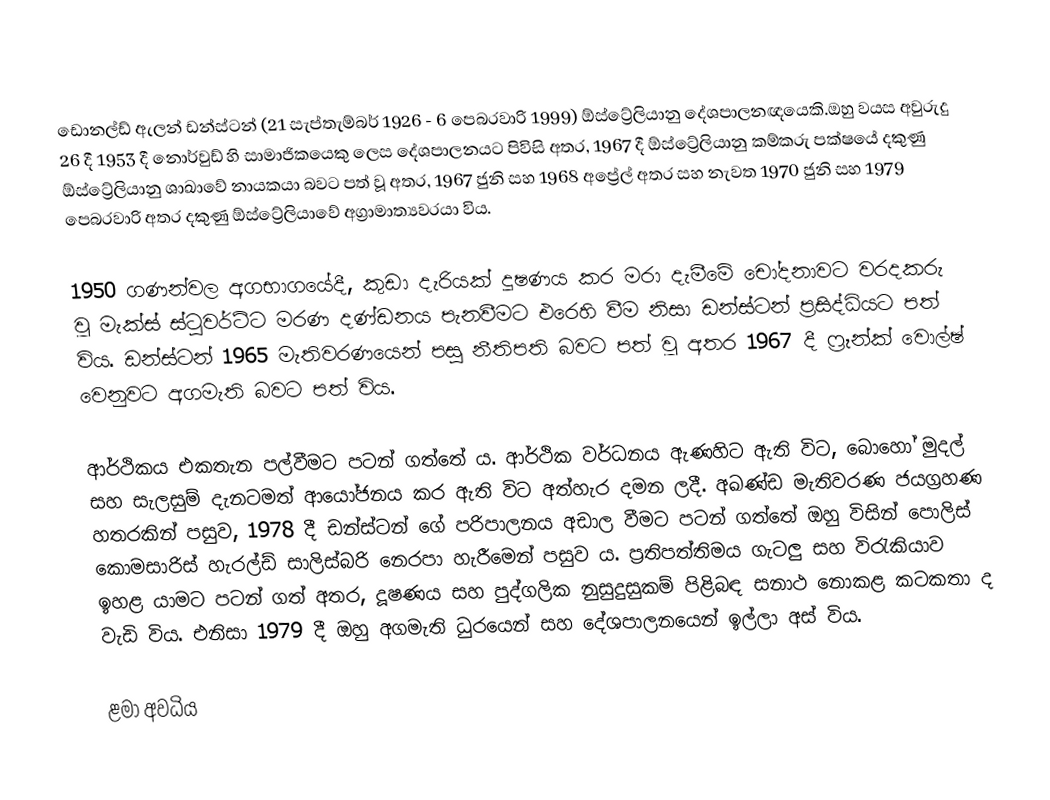
ඩොනල්ඩ් ඇලන් ඩන්ස්ටන් (21 සැප්තැම්බර් 1926 - 6 පෙබරවාරි 1999) ඕස්ට්‍රේලියානු දේශපාලනඥයෙකි.ඔහු වයස අවුරුදු 26 දී 1953 දී නොර්වුඩ් හි සාමාජිකයෙකු ලෙස දේශපාලනයට පිවිසි අතර, 1967 දී ඕස්ට්‍රේලියානු කම්කරු පක්ෂයේ දකුණු ඕස්ට්‍රේලියානු ශාඛාවේ නායකයා බවට පත් වූ අතර, 1967 ජුනි සහ 1968 අප්‍රේල් අතර සහ නැවත 1970 ජුනි සහ 1979 පෙබරවාරි අතර දකුණු ඕස්ට්‍රේලියාවේ අග්‍රාමාත්‍යවරයා විය.

1950 ගණන්වල අගභාගයේදී, කුඩා දැරියක් දූෂණය කර මරා දැමීමේ චෝදනාවට වරදකරු වූ මැක්ස් ස්ටුවර්ට්ට මරණ දණ්ඩනය පැනවීමට එරෙහි වීම නිසා ඩන්ස්ටන් ප්‍රසිද්ධියට පත් විය. ඩන්ස්ටන් 1965 මැතිවරණයෙන් පසු නීතිපති බවට පත් වූ අතර 1967 දී ෆ්‍රෑන්ක් වොල්ෂ් වෙනුවට අගමැති බවට පත් විය.

ආර්ථිකය එකතැන පල්වීමට පටන් ගත්තේ ය. ආර්ථික වර්ධනය ඇණහිට ඇති විට, බොහෝ මුදල් සහ සැලසුම් දැනටමත් ආයෝජනය කර ඇති විට අත්හැර දමන ලදී. අඛණ්ඩ මැතිවරණ ජයග්‍රහණ හතරකින් පසුව, 1978 දී ඩන්ස්ටන් ගේ පරිපාලනය අඩාල වීමට පටන් ගත්තේ ඔහු විසින් පොලිස් කොමසාරිස් හැරල්ඩ් සාලිස්බරි නෙරපා හැරීමෙන් පසුව ය. ප්‍රතිපත්තිමය ගැටලු සහ විරැකියාව ඉහළ යාමට පටන් ගත් අතර, දූෂණය සහ පුද්ගලික නුසුදුසුකම් පිළිබඳ සනාථ නොකළ කටකතා ද වැඩි විය. එනිසා 1979 දී ඔහු අගමැති ධුරයෙන් සහ දේශපාලනයෙන් ඉල්ලා අස් විය.

ළමා අවධිය